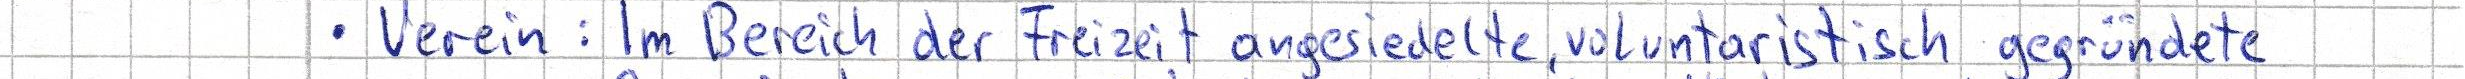
- Verein: Im Bereich der Freizeit angesiedelte, voluntaristisch gegründete